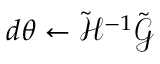
d { \boldsymbol { \theta } } \gets \tilde { \mathcal { H } } ^ { - 1 } \tilde { \boldsymbol { \mathcal { G } } }